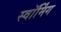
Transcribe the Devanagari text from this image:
स्वॉर्मिंग